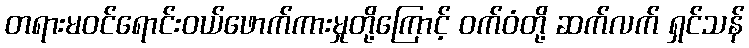
တရားမဝင်ရောင်းဝယ်ဖောက်ကားမှုတို့ကြောင့် ဝက်ဝံတို့ ဆက်လက် ရှင်သန်